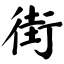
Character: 街